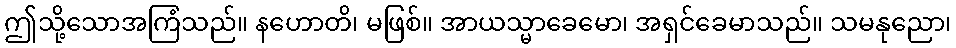
ဤသို့သောအကြံသည်။ နဟောတိ၊ မဖြစ်။ အာယသ္မာခေမော၊ အရှင်ခေမာသည်။ သမနုညော၊